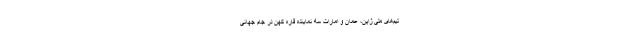
تیم‌های ملی ژاپن، عمان و امارات سه نماینده قاره کهن در جام جهانی